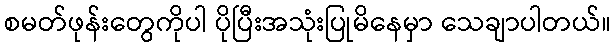
စမတ်ဖုန်းတွေကိုပါ ပိုပြီးအသုံးပြုမိနေမှာ သေချာပါတယ်။